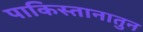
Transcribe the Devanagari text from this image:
पाकिस्तानातुन